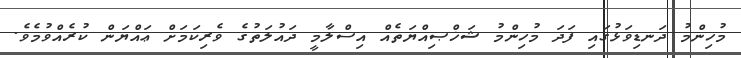
މުހިންމު ދަނޑިވަޅުގައި ފަދަ މުހިންމު ޝަޚްޞިއްޔަތެއް އިސްލާމީ ދައުލަތުގެ ވެރިކަމަށް ޢައްޔަން ކުރެއްވުމެވެ.